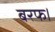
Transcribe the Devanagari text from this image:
बरफ।